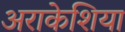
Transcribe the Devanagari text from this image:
अराकेशिया